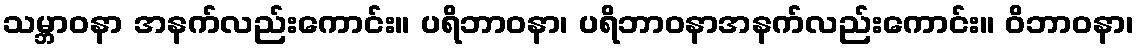
သမ္ဘာဝနာ အနက်လည်းကောင်း။ ပရိဘာဝနာ၊ ပရိဘာဝနာအနက်လည်းကောင်း။ ဝိဘာဝနာ၊